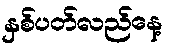
နှစ်ပတ်လည်နေ့